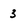
Character: 3